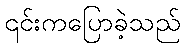
၎င်းကပြောခဲ့သည်